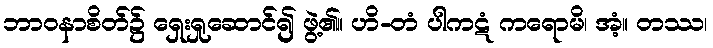
ဘာဝနာစိတ်၌ ရှေးရှုဆောင်၍ ဖွဲ့၏။ ဟိ-တံ ပါကဋံ ကရောမိ၊ အံ့။ တဿ၊